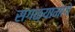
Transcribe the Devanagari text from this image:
सगळ्यामागे